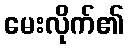
မေးလိုက်၏